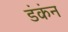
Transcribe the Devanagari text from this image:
डंकंन